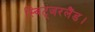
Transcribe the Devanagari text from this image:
स्विट्जरलैंड।